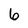
Character: 6